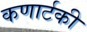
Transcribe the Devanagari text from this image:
कणार्टकी